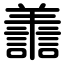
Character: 譱